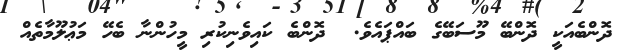
ދޮންބެއަކީ ދޮންބޭ މޫސަބޭގެ ބައްޕައެވެ.  ދޮންބެ ކައިވެނިކުރި މީހުންނާ ބެހޭ މަޢުލޫމާތެއް